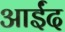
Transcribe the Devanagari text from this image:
आईंद